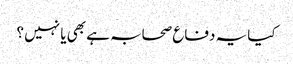
کیا یہ دفاع صحابہ ہے بھی یا نہیں ؟